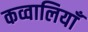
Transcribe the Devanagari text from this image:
कव्वालियाँ